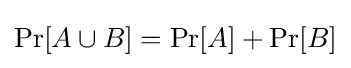
\Pr[A\cup B]=\Pr[A]+\Pr[B]